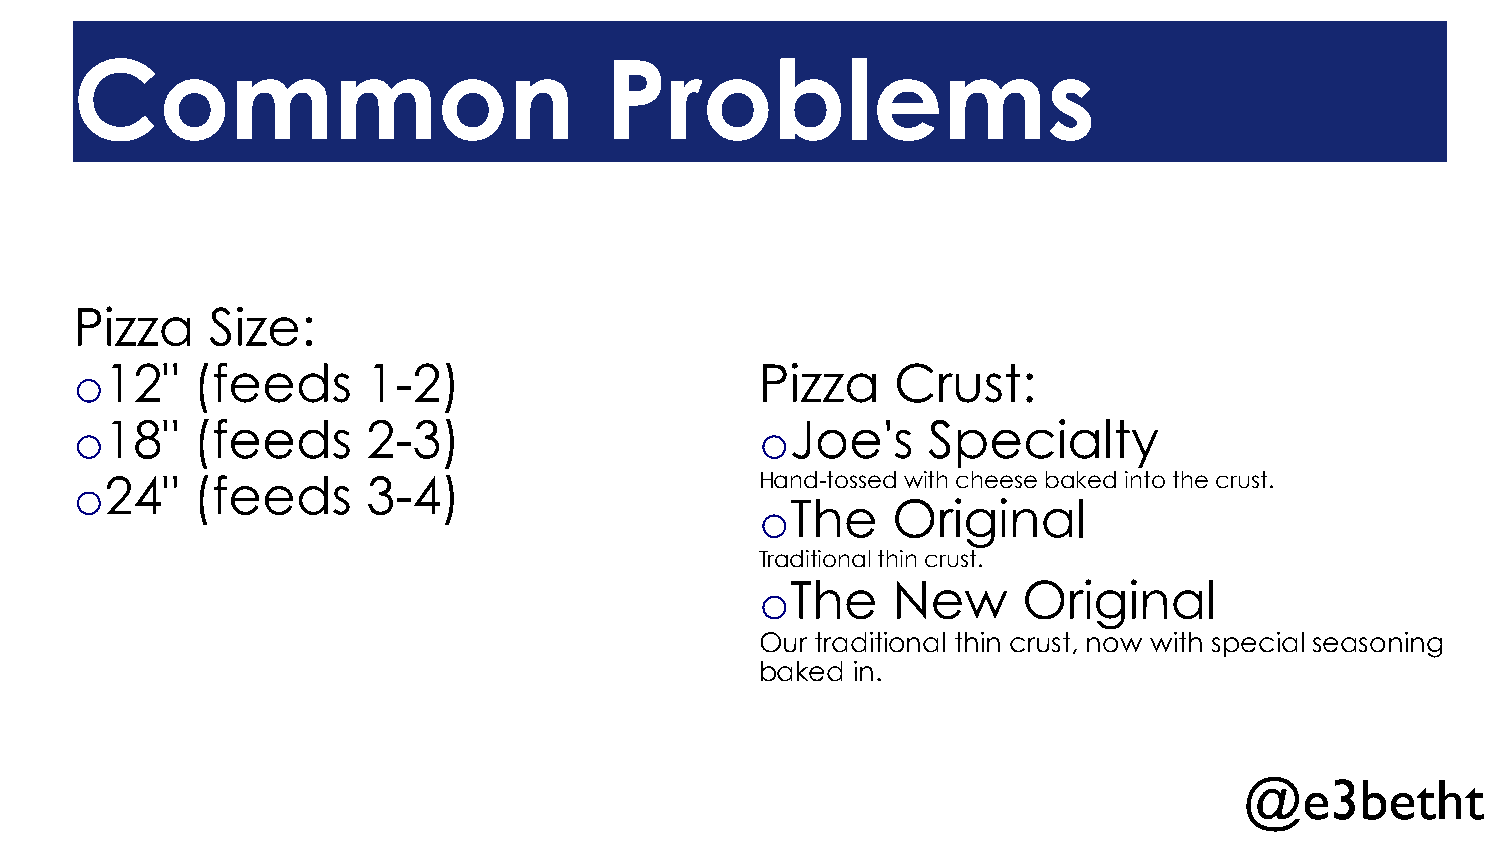
Common                             Problems
 Pizza    Size:
 o 12"   (feeds     1-2)                      Pizza    Crust:
 o 18"   (feeds     2-3)                      o Joe's    Specialty
 o 24"   (feeds     3-4)                      Hand-tossed with cheese baked into the crust.
 o The    Original
 Traditional thin crust.
 o The    New      Original
 Our traditional thin crust, now with special seasoning
 baked in.
 @e3betht